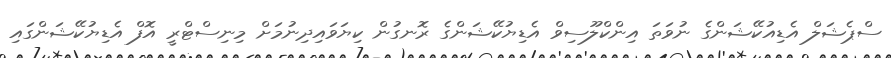
ސްޕެޝަލް އެޑިއުކޭޝަންގެ ނުވަތަ އިންކްލޫސިވް އެޑިޔުކޭޝަންގެ ރޮނގުން ކިޔަވައިދިނުމަށް މިނިސްޓްރީ އޮފް އެޑިޔުކޭޝަންގައި